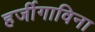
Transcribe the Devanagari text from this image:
हर्जीगाविना